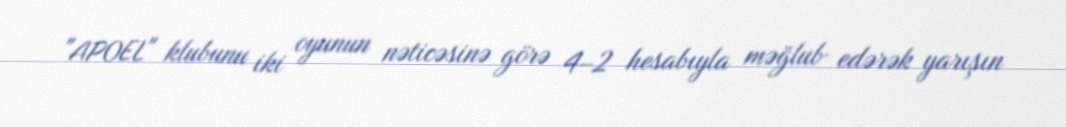
"APOEL" klubunu iki oyunun nəticəsinə görə 4–2 hesabıyla məğlub edərək yarışın